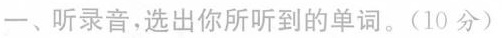
一、听录音,选出你所听到的单词.(10 分)